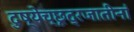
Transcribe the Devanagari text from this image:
दुष्येच्छूद्रजातीनां